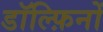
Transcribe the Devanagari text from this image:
डॉल्फ़िनों